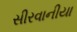
સીરવાનીયા